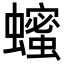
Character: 𬠵